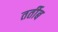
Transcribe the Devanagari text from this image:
तर्तीब